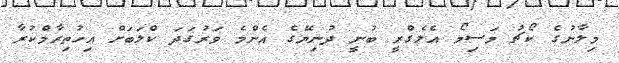
މިލާނުގެ ކޯޗު މަސިމޯ އެލެގްރީ ބުނީ ދުނިޔޭގެ އެންމެ ވަރުގަދަ ކްލަބަށް އިހުތިރާމްކުރާ